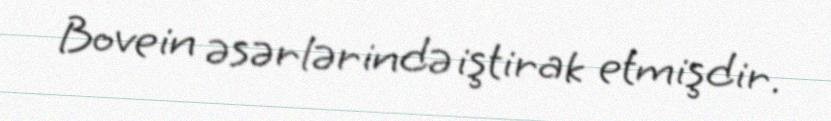
Bovein əsərlərində iştirak etmişdir.